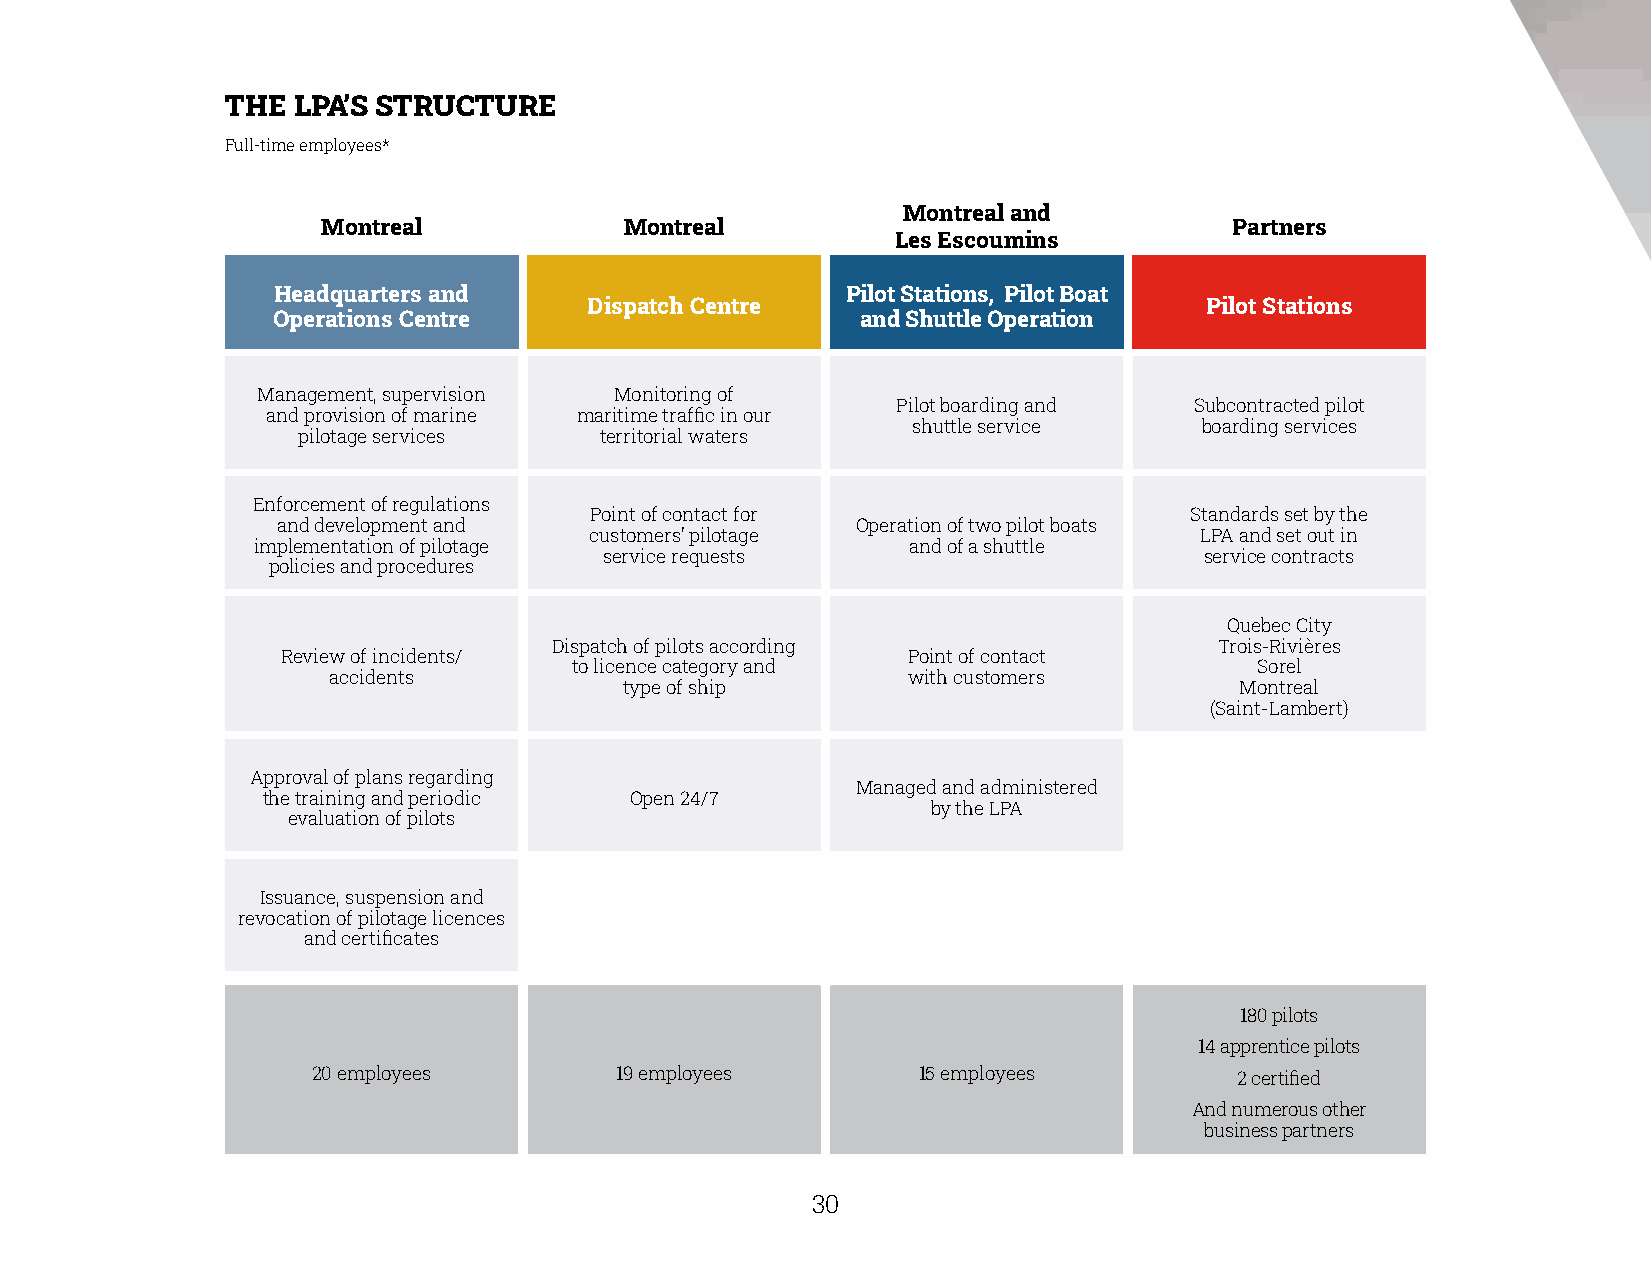
THE LPA’S STRUCTURE
 Full-time employees*
 Montreal and
 Montreal            Montreal                                 Partners
 Les Escoumins
 Headquarters and                      Pilot Stations, Pilot Boat
 Dispatch Centre                          Pilot Stations
 Operations Centre                      and Shuttle Operation
 Management, supervision Monitoring of
 Pilot boarding and  Subcontracted pilot
 and provision of marine maritime traffic in our
 shuttle service     boarding services
 pilotage services   territorial waters
 Enforcement of regulations
 Point of contact for                    Standards set by the
 and development and                    Operation of two pilot boats
 customers’ pilotage                     LPA and set out in
 implementation of pilotage                 and of a shuttle
 service requests                        service contracts
 policies and procedures
 Quebec City
 Dispatch of pilots according                Trois-Rivières
 Review of incidents/                     Point of contact
 to licence category and                      Sorel
 accidents                             with customers
 type of ship                             Montreal
 (Saint-Lambert)
 Approval of plans regarding
 Managed and administered
 the training and periodic Open 24/7
 by the LPA
 evaluation of pilots
 Issuance, suspension and
 revocation of pilotage licences
 and certificates
 180 pilots
 14 apprentice pilots
 20 employees        19 employees        15 employees         2 certified
 And numerous other
 business partners
 30